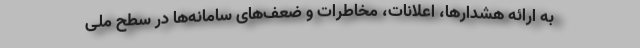
به ارائه هشدارها، اعلانات، مخاطرات و ضعف‌های سامانه‌ها در سطح ملی